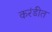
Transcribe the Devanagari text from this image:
करंडीत